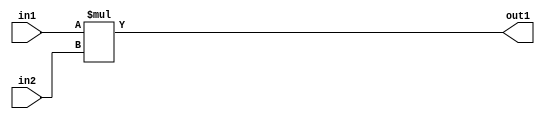
`timescale 1ps / 1ps
/*****************************************************************************
    Verilog RTL Description
    
    
    Created by: Stratus DpOpt 2019.1.04 
*******************************************************************************/

module fir_Mul_8Ux8U_11U_4 (
	in2,
	in1,
	out1
	); /* architecture "behavioural" */ 
input [7:0] in2,
	in1;
output [10:0] out1;
wire [10:0] asc001;

assign asc001 = 
	+(in1 * in2);

assign out1 = asc001;
endmodule

/* CADENCE  urb0TQ4= : u9/ySgnWtBlWxVbRXgAU4eg= ** DO NOT EDIT THIS LINE ******/